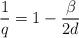
LaTeX: \begin{align*}\frac{1}{q}=1-\frac{\beta}{2d}\end{align*}